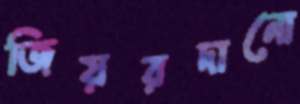
জিয়রদানো